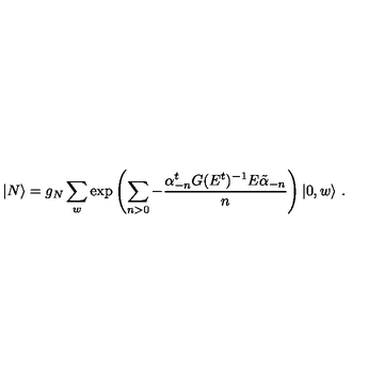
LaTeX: | N \rangle = g _ { N } \sum _ { w } \exp \left( \sum _ { n > 0 } - \frac { \alpha _ { - n } ^ { t } G ( E ^ { t } ) ^ { - 1 } E \tilde { \alpha } _ { - n } } { n } \right) | 0 , w \rangle \ .